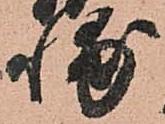
輔